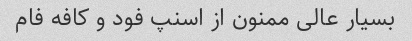
بسیار عالی ممنون از اسنپ فود و کافه فام